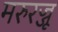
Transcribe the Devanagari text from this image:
मरुरज्जू